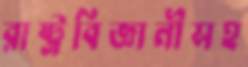
রাষ্ট্রবিজ্ঞানীসহ